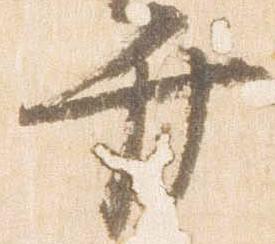
弁